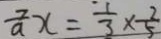
\frac { 7 } { a } x = \frac { 1 } { 3 } \times \frac { 2 } { 5 }